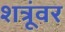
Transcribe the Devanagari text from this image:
शत्रूंवर